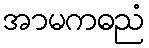
အာမကဓညံ